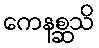
ကေနစ္ဆသိ